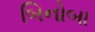
બિનોબા